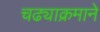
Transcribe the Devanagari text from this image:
चढ्याक्रमाने